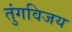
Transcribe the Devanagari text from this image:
तुंगविजय